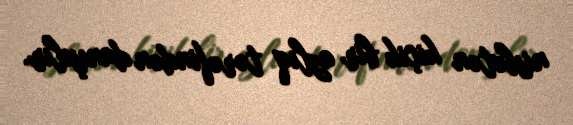
nisbətən kiçik bir azlıq tərəfindən danışılır.